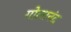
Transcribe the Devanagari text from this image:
गोलानंद